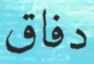
دفاق